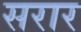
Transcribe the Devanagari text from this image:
सरार